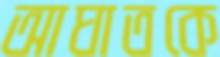
আঘাতকে